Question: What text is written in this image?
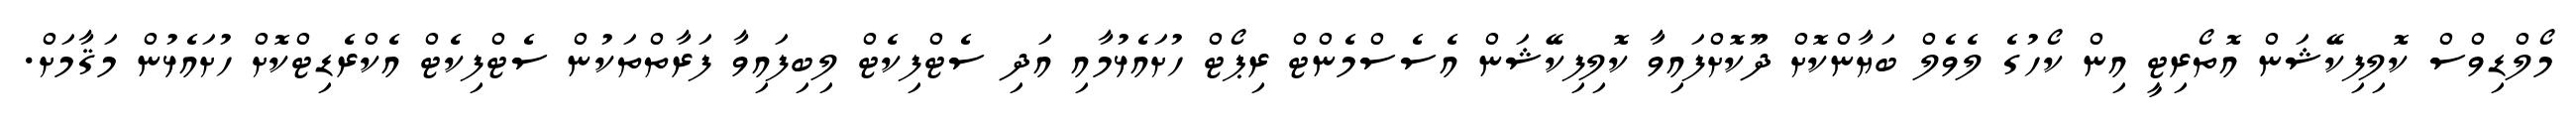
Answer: މޯލްޑިވްސް ކޮލިފިކޭޝަން އޮތޯރިޓީ އިން ކޯހުގެ ލެވެލް ބަޔާންކޮށް ދޫކޮށްފައިވާ ކޮލިފިކޭޝަން އެސެސްމެންޓް ރިޕޯޓް ހުށައެޅުމާއި އަދި ސެޓްފިކެޓް ލިބިފައިވާ ފަރާތްތަކުން ސެޓްފިކެޓް އެކްރެޑިޓްކޮށް ހުށައެޅުން މަޤާމަށް.